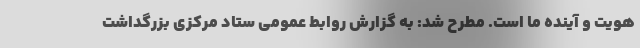
هویت و آینده ما است. مطرح شد: به گزارش روابط عمومی ستاد مرکزی بزرگداشت